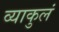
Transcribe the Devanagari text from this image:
व्याकुलं